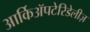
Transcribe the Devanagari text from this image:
आर्किॲपटेरिडेलीज़